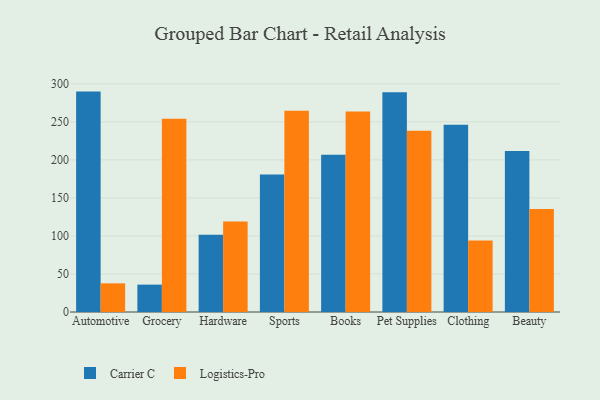
{"axis": {"x": "Category", "y": "Inventory Turnover"}, "legend": ["Carrier C", "Logistics-Pro"], "data": [{"x": "Automotive", "y": 289.8, "type": "Carrier C"}, {"x": "Automotive", "y": 37.7, "type": "Logistics-Pro"}, {"x": "Grocery", "y": 36.0, "type": "Carrier C"}, {"x": "Grocery", "y": 254.0, "type": "Logistics-Pro"}, {"x": "Hardware", "y": 101.7, "type": "Carrier C"}, {"x": "Hardware", "y": 119.1, "type": "Logistics-Pro"}, {"x": "Sports", "y": 180.7, "type": "Carrier C"}, {"x": "Sports", "y": 264.5, "type": "Logistics-Pro"}, {"x": "Books", "y": 206.7, "type": "Carrier C"}, {"x": "Books", "y": 263.7, "type": "Logistics-Pro"}, {"x": "Pet Supplies", "y": 289.0, "type": "Carrier C"}, {"x": "Pet Supplies", "y": 238.2, "type": "Logistics-Pro"}, {"x": "Clothing", "y": 246.2, "type": "Carrier C"}, {"x": "Clothing", "y": 94.0, "type": "Logistics-Pro"}, {"x": "Beauty", "y": 211.7, "type": "Carrier C"}, {"x": "Beauty", "y": 135.5, "type": "Logistics-Pro"}]}